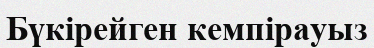
Бүкірейген кемпірауыз